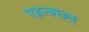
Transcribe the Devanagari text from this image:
एइन्त्रछ्त्